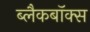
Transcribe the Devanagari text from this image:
ब्लैकबॉक्स